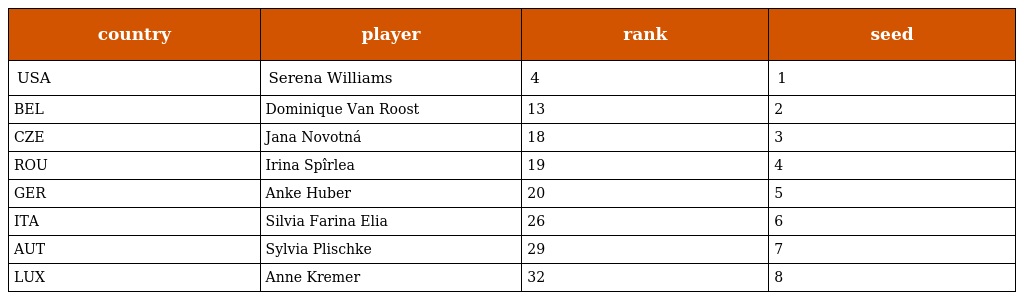
| country | player | rank | seed |
 | --- | --- | --- | --- |
 | USA | Serena Williams | 4 | 1 |
 | BEL | Dominique Van Roost | 13 | 2 |
 | CZE | Jana Novotná | 18 | 3 |
 | ROU | Irina Spîrlea | 19 | 4 |
 | GER | Anke Huber | 20 | 5 |
 | ITA | Silvia Farina Elia | 26 | 6 |
 | AUT | Sylvia Plischke | 29 | 7 |
 | LUX | Anne Kremer | 32 | 8 |